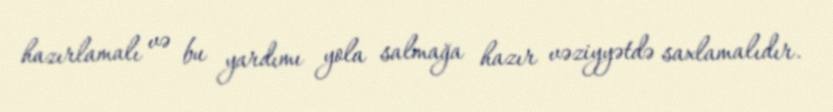
hazırlamalı və bu yardımı yola salmağa hazır vəziyyətdə saxlamalıdır.